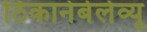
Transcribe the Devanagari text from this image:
ठिकानेबेलेव्यू